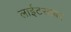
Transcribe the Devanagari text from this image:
लाईटसाबर